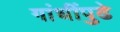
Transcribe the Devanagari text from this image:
गांधींपुढे